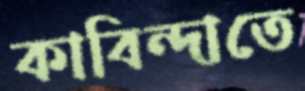
কাবিন্দাতে